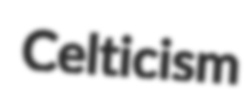
Celticism